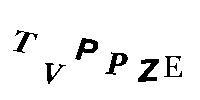
TVPPZE